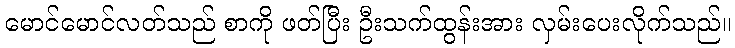
မောင်မောင်လတ်သည် စာကို ဖတ်ပြီး ဦးသက်ထွန်းအား လှမ်းပေးလိုက်သည်။